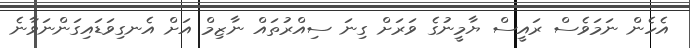
އެހެން ނަމަވެސް ރައީސް ޔާމީނުގެ ވަރަށް ގިނަ ސިއްރުތައް ނާޒިމް އަށް އެނގިވަޑައިގަންނަވާނެ